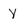
Character: Y